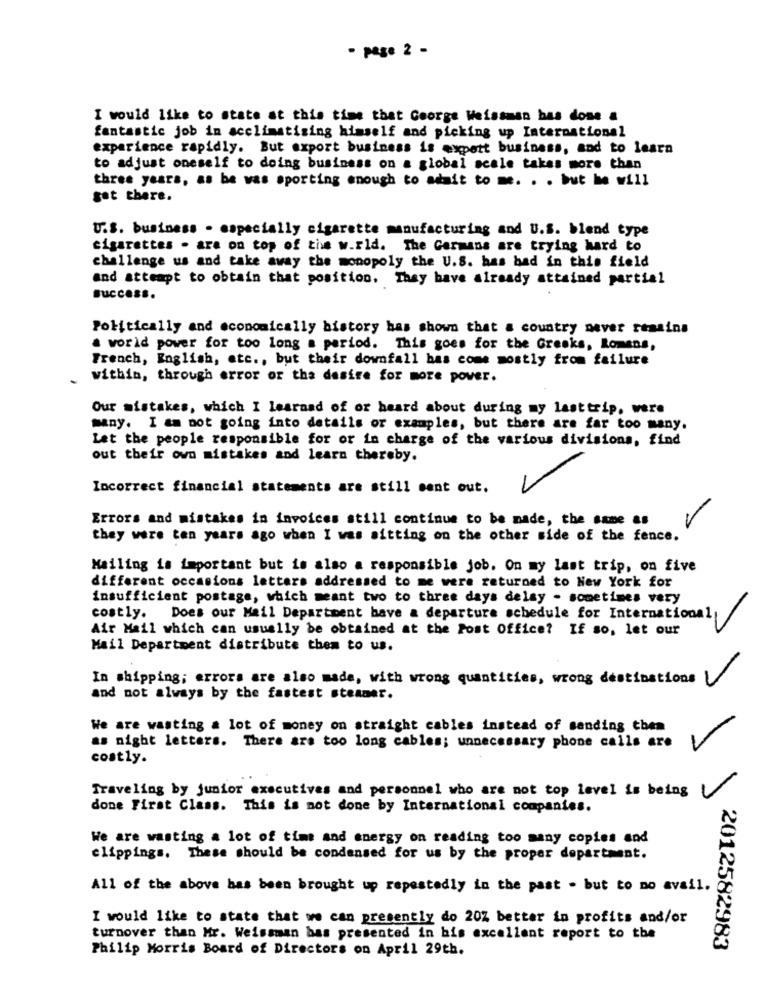
- page 2 -
I would like to state at this time that George Weissman has done a
fantastic job in acclimatizing himself and picking up International
experience rapidly. But export business is expatt business, and to learn
to adjust oneself to doing business on a global scale takes more than
three years, as be was sporting enough to admit to me. . . but he will
got there.
U.S. business - especially cigarette manufacturing and U.S. blend type
cigarettes . are on top of the w.rld. The Germans are trying hard to
challenge us and take away the monopoly the U.S. has bad in this field
and attempt to obtain that position. They have already attained partial
Success.
Politically and economically bistory has shown that a country never remains
a world power for too long a period. This goes for the Greeks, Romans,
French, English, etc ., but their downfall has come mostly from failure
within, through error or tha desire for more power.
Our mistakes, which I learand of or heard about during my lasttrip, were
many. I am not going into details or examples, but there are far too many.
Let the people responsible for or in charge of the various divisions, find
out their own mistakes and learn thereby.
Incorrect financial statements are still sent out.
Errors and mistakes in invoices still continue to be made, the same as
they were ten years ago when I was sitting on the other side of the fence.
Mailing is important but is also a responsible job. On my last trip, on five
different occasions letters addressed to me were returned to New York for
insufficient postage, which meant two to three days delsy - sometimes very
costly. Does our Mail Department have a departure schedule for International
Air Mail which can usually be obtained at the Post Office? If so, let our
Mail Department distribute them to us.
In shipping; errors are also made, with wrong quantities, wrong destinations
and not always by the fastest steamer.
We are wasting a lot of money on straight cables instead of sending them
as night letters. There are too long cables; unnecessary phone calls are
costly.
Traveling by junior executives and personnel who are not top level is being
done First Class. This is not done by International companies.
We are wasting a lot of time and energy on reading too many copies and
clippings. These should be condensed for us by the proper department.
All of the above has been brought up repeatedly in the past . but to no avail.
I would like to state that we can presently do 20% better in profits and/or
turnover than Mr. Weissman bas presented in his excellent report to the
Philip Morris Board of Directors on April 29th.
2012582983